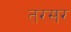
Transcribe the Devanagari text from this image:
तरसर